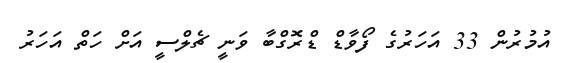
އުމުރުން 33 އަހަރުގެ ފޯވާޑް ޑްރޮގްބާ ވަނީ ޗެލްސީ އަށް ހަތް އަހަރު